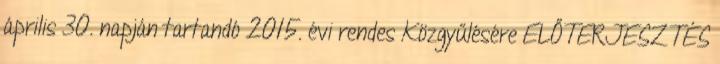
április 30. napján tartandó 2015. évi rendes Közgyűlésére ELŐTERJESZTÉS